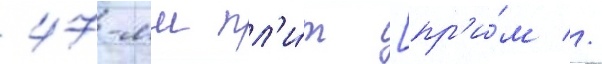
47-мм пл'и́т [пр'и́м //